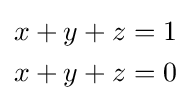
{\begin{aligned}x+y+z&=1\\x+y+z&=0\end{aligned}}